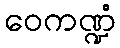
ဝေကဏ္ဍံ